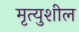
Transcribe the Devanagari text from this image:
मृत्युशील